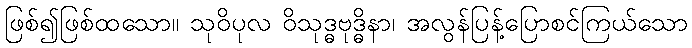
ဖြစ်၍ဖြစ်ထသော။ သုဝိပုလ ဝိသုဒ္ဓဗုဒ္ဓိနာ၊ အလွန်ပြန့်ပြောစင်ကြယ်သော